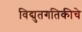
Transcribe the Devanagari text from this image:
विद्युतगतिकीचे